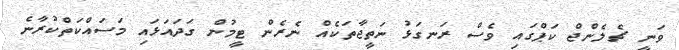
ވަނީ ޗެލެންޖް ކަޕްގައި ވެސް ރަނގަޅު ނަތީޖާތަކެއް ނެރެން ޓީމުން ގަދައަޅައި މަސައްކަތްކުރާނެ